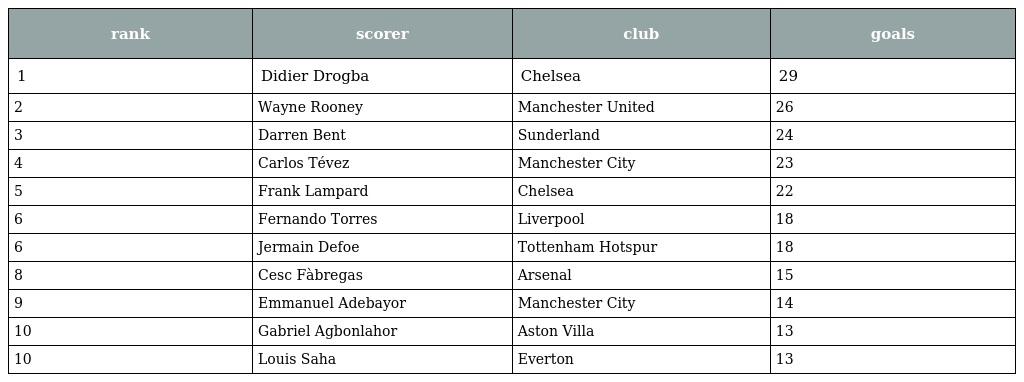
| rank | scorer | club | goals |
 | --- | --- | --- | --- |
 | 1 | Didier Drogba | Chelsea | 29 |
 | 2 | Wayne Rooney | Manchester United | 26 |
 | 3 | Darren Bent | Sunderland | 24 |
 | 4 | Carlos Tévez | Manchester City | 23 |
 | 5 | Frank Lampard | Chelsea | 22 |
 | 6 | Fernando Torres | Liverpool | 18 |
 | 6 | Jermain Defoe | Tottenham Hotspur | 18 |
 | 8 | Cesc Fàbregas | Arsenal | 15 |
 | 9 | Emmanuel Adebayor | Manchester City | 14 |
 | 10 | Gabriel Agbonlahor | Aston Villa | 13 |
 | 10 | Louis Saha | Everton | 13 |